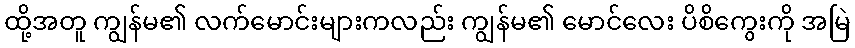
ထို့အတူ ကျွန်မ၏ လက်မောင်းများကလည်း ကျွန်မ၏ မောင်လေး ပိစိကွေးကို အမြဲ